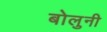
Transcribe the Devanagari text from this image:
बोलुनी